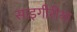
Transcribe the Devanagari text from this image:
साइगीरीया